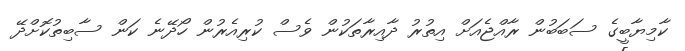
ކާމިޔާބީގެ ސަބަބުން ރާއްޖެއަށް އިތުރު ދާއިރާތަކުން ވެސް ކުރިއެރުން ހޯދޭނެ ކަން ސާބިތުކޮށްދޭ